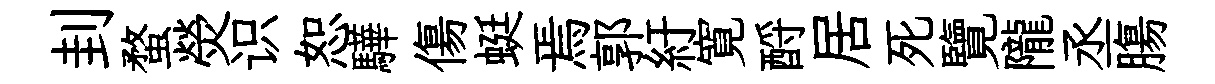
刲蝥熒识恕驊傷蜓焉郭紆寛酹居死覽隴丞膓